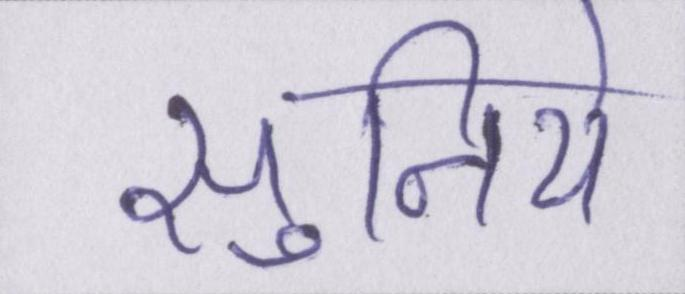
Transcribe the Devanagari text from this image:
सुनिये